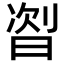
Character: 𬁦